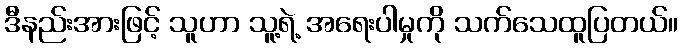
ဒီနည်းအားဖြင့် သူဟာ သူ့ရဲ့ အရေးပါမှုကို သက်သေထူပြတယ်။